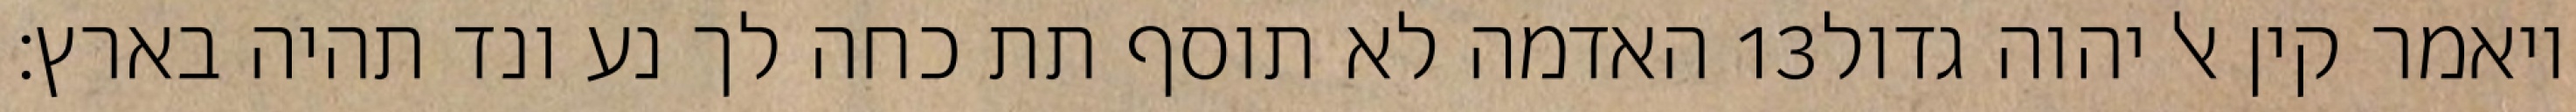
האדמה לא תוסף תת כחה לך נע ונד תהיה בארץ׃ ‎13‏ ויאמר קין אל יהוה גדול